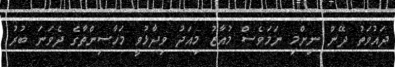
ދައުވަތު ދޭން ނިންމި ނަމަވެސް މުއާޒު މިއަދު ވިދާޅުވީ މަހާސިންތާގެ ދެވަނަ ބުރު